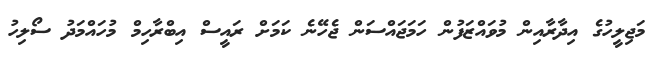
މަޖިލީހުގެ އިދާރާއިން މުވައްޒަފުން ހަމަޖައްސަން ޖެހޭނެ ކަމަށް ރައީސް އިބްރާހިމް މުހައްމަދު ސޯލިހު